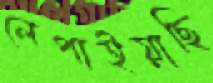
লেপাইয়াছি